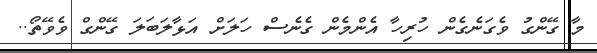
މާ ގޭންގު ވެގަނެގެން ހުރިހާ އެންމެން ގެނެސް ހަލަށް އަޅާލަބަލަ ގޭންގް ވެވޭތޯ..